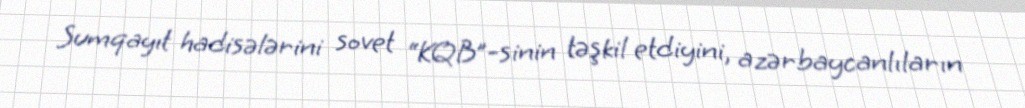
Sumqayıt hadisələrini sovet “KQB”-sinin təşkil etdiyini, azərbaycanlıların